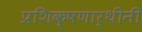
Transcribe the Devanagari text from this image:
प्रशिक्षणार्थीनी